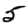
Digit: 5